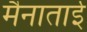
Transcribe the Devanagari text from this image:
मैनाताई